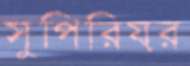
সুপিরিয়র